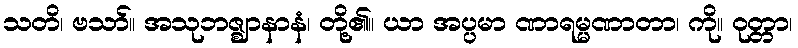
သတိ၊ ဗသာ်။ အသုဘဇ္ဈာနာနံ၊ တို့၏။ ယာ အပ္ပမာ ဏာရမ္မဏာတာ၊ ကို။ ဝုတ္တာ၊